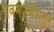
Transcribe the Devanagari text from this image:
पवनउर्जेपासुन